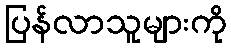
ပြန်လာသူများကို